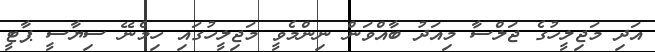
އަދި މަޖިލީހުގެ ޖަލްސާ މިއަދު ބާއްވަން ނިންމެވީ މަޖިލީހުގައި ހިމެނޭ ސިޔާސީ ޕާޓީ